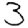
Digit: 3